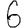
Digit: 6